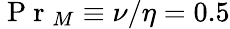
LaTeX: \mathrm{~P~r~}_{M}\equiv\nu/\eta=0.5